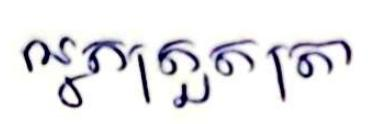
អ្នកត្រួតត្រា